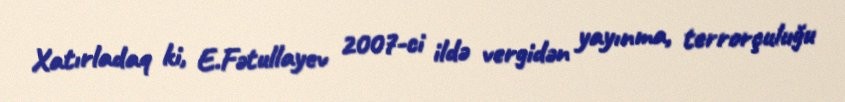
Xatırladaq ki, E.Fətullayev 2007-ci ildə vergidən yayınma, terrorçuluğu